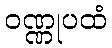
ဝဏ္ဏုပထံ